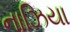
નાઝિયા